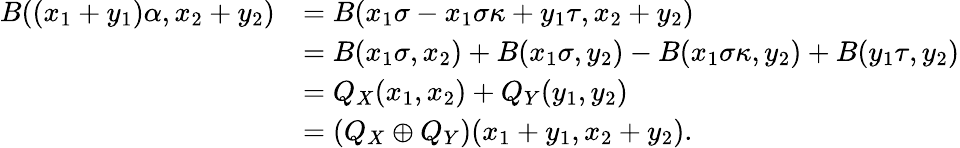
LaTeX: \begin{array}{rl}{B((x_{1}+y_{1})\alpha,x_{2}+y_{2})}&{=B(x_{1}\sigma-x_{1}\sigma\kappa+y_{1}\tau,x_{2}+y_{2})}\\ &{=B(x_{1}\sigma,x_{2})+B(x_{1}\sigma,y_{2})-B(x_{1}\sigma\kappa,y_{2})+B(y_{1}\tau,y_{2})}\\ &{=Q_{X}(x_{1},x_{2})+Q_{Y}(y_{1},y_{2})}\\ &{=(Q_{X}\oplus Q_{Y})(x_{1}+y_{1},x_{2}+y_{2}).}\end{array}